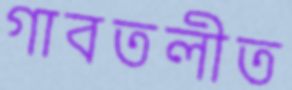
গাবতলীত